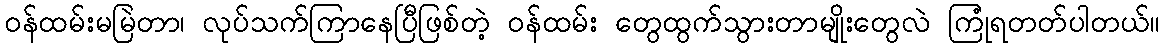
ဝန်ထမ်းမမြဲတာ၊ လုပ်သက်ကြာနေပြီဖြစ်တဲ့ ဝန်ထမ်း တွေထွက်သွားတာမျိုးတွေလဲ ကြုံရတတ်ပါတယ်။